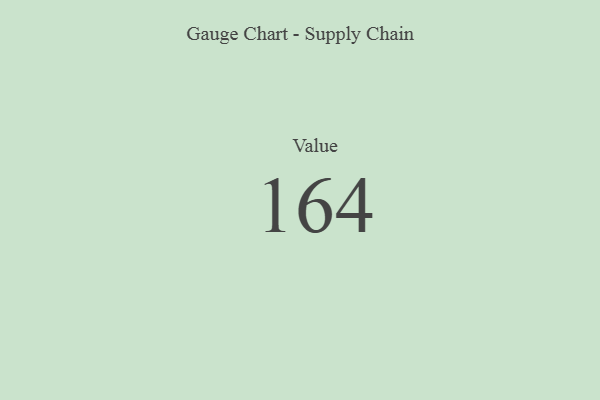
{"axis": {"x": "Metric", "y": "Value"}, "legend": [""], "data": [{"x": "Value", "y": 164, "type": ""}]}